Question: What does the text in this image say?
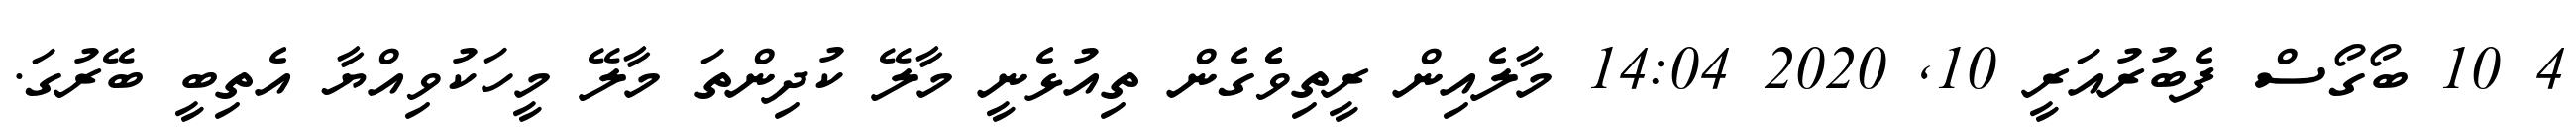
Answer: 4 10 ބޯގޯސް ފެބުރުއަރީ 10, 2020 14:04 މާލެއިން ރީތިވެެގެން ތިއުޅެނީ މާލޭ ކުދިންތަ މާލޭ މީހަކުވިއްޔާ އެތިބީ ބޭރުގަ.